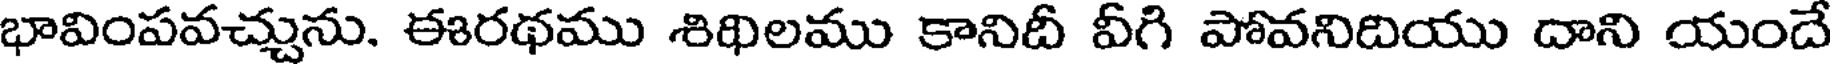
భావింపవచ్చును. ఈరథము శిథిలము కానిదీ వీగి పోవనిదియు దాని యందే